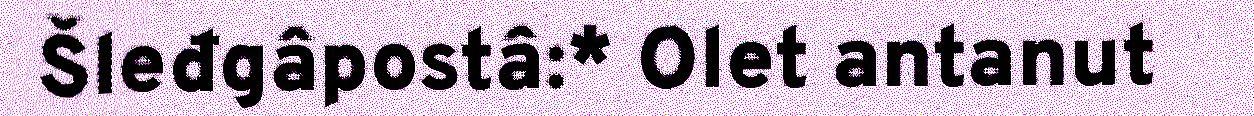
Šleđgâpostâ:* Olet antanut